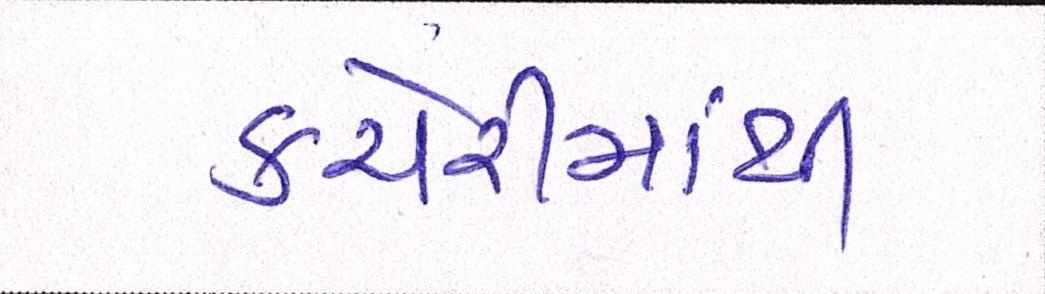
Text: કચેરીમાંથી